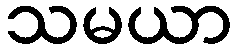
သမယာ